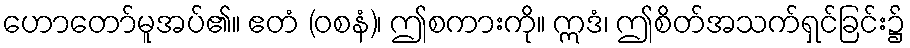
ဟောတော်မူအပ်၏။ ဧတံ (ဝစနံ)၊ ဤစကားကို။ ဣဒံ၊ ဤစိတ်အသက်ရှင်ခြင်း၌